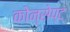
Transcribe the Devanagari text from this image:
कोन्सेप्ट